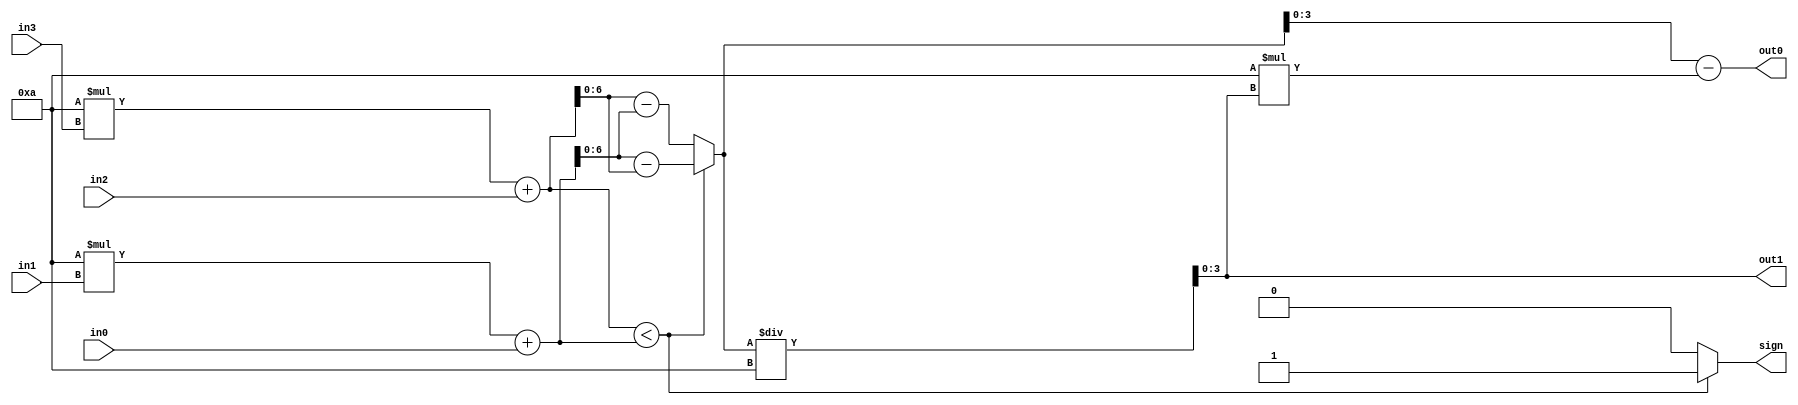
module subtractor_2d(
    sign,
	out1,
	out0,
	in3,
	in2,
	in1,
	in0
	);
	output reg sign;
	output reg [3:0]out1;
	output reg [3:0]out0;
	
	input [3:0]in3;
	input [3:0]in2;
	input [3:0]in1;
	input [3:0]in0;
	
	reg [6:0]out;
	
	always@*
		if(10*in3+in2 < 10*in1+in0)
			begin
			    sign=1;
				out =  (10*in1+in0) - (10*in3+in2);
			end
		else
			begin
				sign=0;
				out = (10*in3+in2) - (10*in1+in0);
			end
	
	always@* begin		
	   out0 = out-10*out1;
	   out1 = out/10;
	end
endmodule